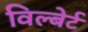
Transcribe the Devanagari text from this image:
विल्बेर्ट